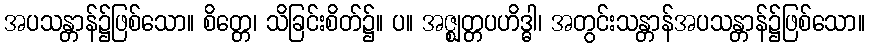
အပသန္တာန်၌ဖြစ်သော။ စိတ္တေ၊ သိခြင်းစိတ်၌။ ပ။ အဇ္ဈတ္တပဟိဒ္ဓါ၊ အတွင်းသန္တာန်အပသန္တာန်၌ဖြစ်သော။